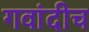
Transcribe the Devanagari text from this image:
गवांदीच